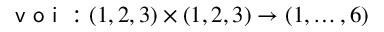
\textsf { v o i } : ( 1 , 2 , 3 ) \times ( 1 , 2 , 3 ) \to ( 1 , \ldots , 6 )